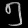
Digit: ၅